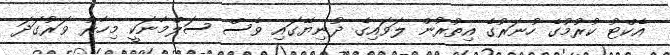
އެކްޓު ކުރުމުގެ ހުނަރުގެ އިތުރުން ލަވައިގެ ދުނިޔޭގައި ވެސް ސަލްމާނަކީ މިހާރު ވަރުގަދަ